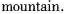
mountain.